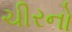
ચીરનો